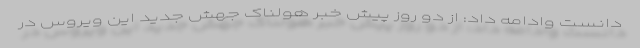
دانست وادامه داد: از دو روز پیش خبر هولناک جهش جدید این ویروس در